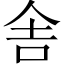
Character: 舎